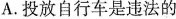
A.投放自行车是违法的